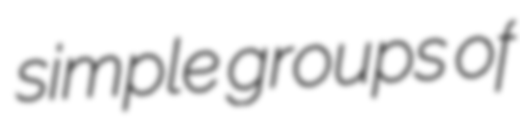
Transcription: simple groups of